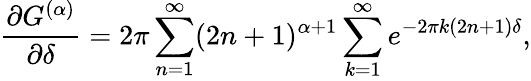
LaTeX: \frac{\partial G^{(\alpha)}}{\partial\delta}=2\pi\sum_{n=1}^{\infty}(2n+1)^{\alpha+1}\sum_{k=1}^{\infty}e^{-2\pi k(2n+1)\delta},